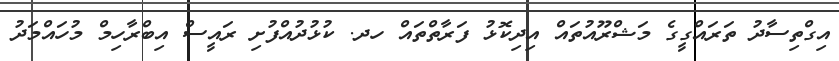
އިގްތިސާދު ތަރައްގީގެ މަޝްރޫއުތައް އިދިކޮޅު ފަރާތްތައް ހދ. ކުޅުދުއްފުށި ރައީސް އިބްރާހިމް މުހައްމަދު